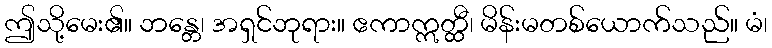
ဤသို့မေး၏။ ဘန္တေ၊ အရှင်ဘုရား။ ဧကာဣတ္ထီ၊ မိန်းမတစ်ယောက်သည်။ မံ၊